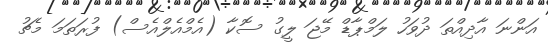
އަންނަ އާދިއްތަ ދުވަހު ލަމްޕާޑް މޭޖަ ލީގު ސޮކާ (އެމްއެލްއެސް) ފުރަތަމަ މެޗު